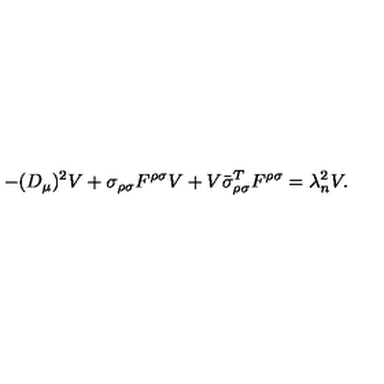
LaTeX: - ( D _ { \mu } ) ^ { 2 } V + \sigma _ { \rho \sigma } F ^ { \rho \sigma } V + V \bar { \sigma } _ { \rho \sigma } ^ { T } F ^ { \rho \sigma } = \lambda _ { n } ^ { 2 } V .